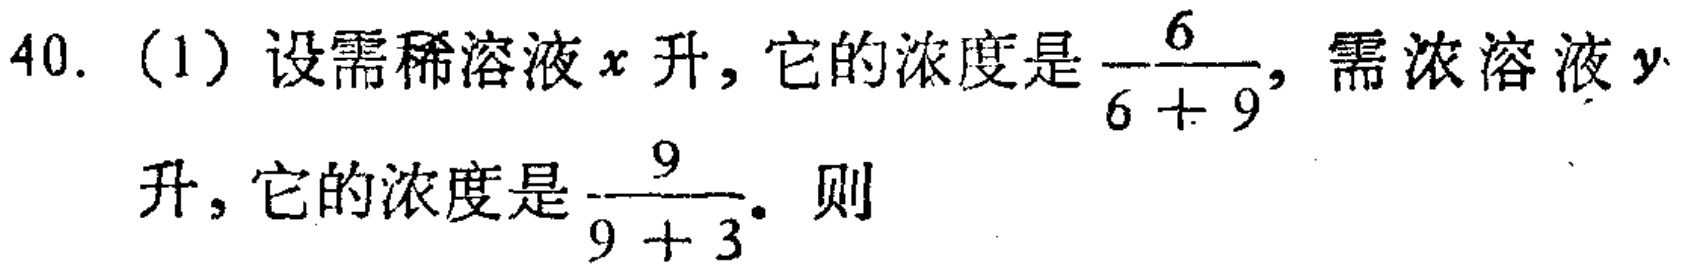
40. (1) 设需稀溶液\(x\)升, 它的浓度是\(\frac{6}{6 + 9}\), 需浓溶液\(y\)升, 它的浓度是\(\frac{9}{9 + 3}\). 则